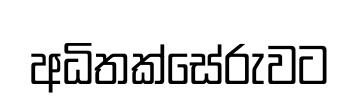
අධිතක්සේරුවට